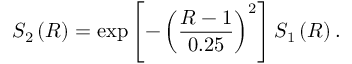
S _ { 2 } \left( R \right) = \exp \left[ - \left( \frac { R - 1 } { 0 . 2 5 } \right) ^ { 2 } \right] S _ { 1 } \left( R \right) .